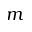
m